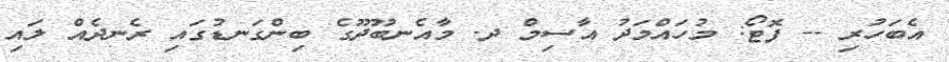
އެބަހުރި -- ފޮޓޯ: މުހައްމަދު އާސިމް ދ. މާއެނބޫދޫގެ ބިންގަނޑުގައި ރެނދެއް ލައި